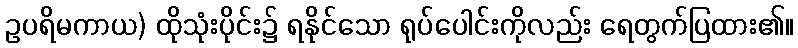
ဥပရိမကာယ) ထိုသုံးပိုင်း၌ ရနိုင်သော ရုပ်ပေါင်းကိုလည်း ရေတွက်ပြထား၏။